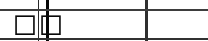
٣٢